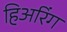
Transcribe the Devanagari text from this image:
हिअरिंग